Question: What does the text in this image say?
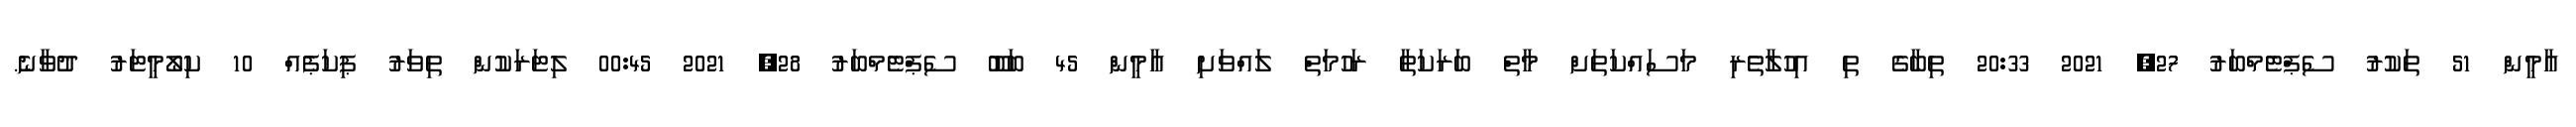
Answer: އާމީން 51 ތަކުރު ސެޕްޓެމްބަރު 27, 2021 20:33 ތިބާގެ ތި އިހުލާތެރި މަސައްކަތަށް މާތް ބަރަކަތާ ރަހުމަތް ލައްވަށި އާމީން 45 ބަބޫ ސެޕްޓެމްބަރު 28, 2021 00:45 ލިޓަރަކުން ތިވަރު ޕިކަޕެއް 10 ކިލޯމީޓަރު ދުވާނެ.